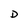
Character: D